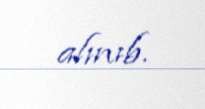
alınıb.